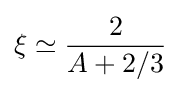
\xi \simeq {\frac {2}{A+2/3}}